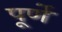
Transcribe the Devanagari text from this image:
पूर्णे